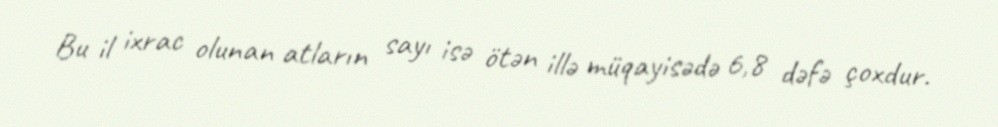
Bu il ixrac olunan atların sayı isə ötən illə müqayisədə 6,8 dəfə çoxdur.